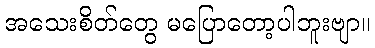
အသေးစိတ်တွေ မပြောတော့ပါဘူးဗျာ။